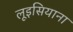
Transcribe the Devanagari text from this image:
लूइसियाना